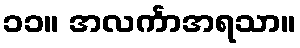
၁၁။ အလင်္ကာအရသာ။